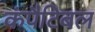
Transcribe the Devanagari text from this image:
कंपैटिबल